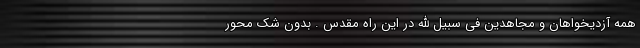
همه آزدیخواهان و مجاهدین فی سبیل الله در این راه مقدس . بدون شک محور